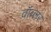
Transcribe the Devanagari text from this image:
वॉब्लर